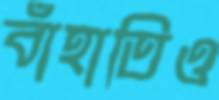
বাঁহাতিও